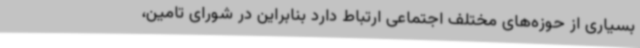
بسیاری از حوزه‌های مختلف اجتماعی ارتباط دارد بنابراین در شورای تامین،